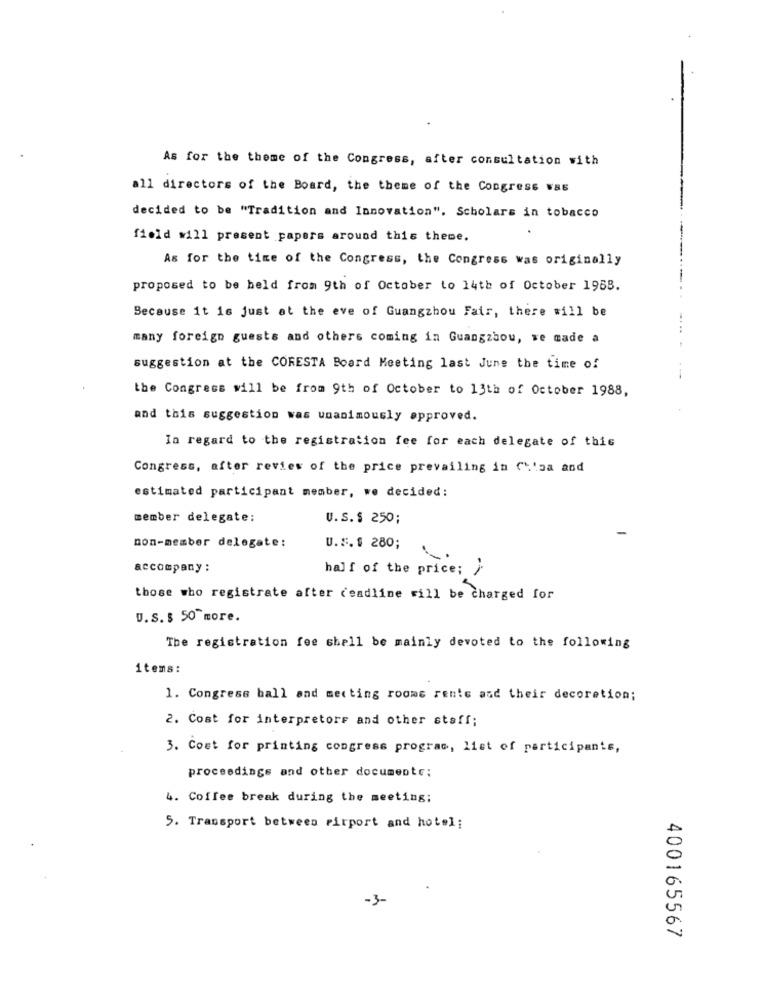
As for the theme of the Congress, after consultation with
all directors of the Board, the theme of the Congress was
decided to be "Tradition and Innovation". Scholars in tobacco
field will present papers around this theme.
As for the time of the Congress, the Congress was originally
proposed to be held from 9th of October to 14th of October 1958.
Because it is just at the eve of Guangzhou Fair, there will be
many foreign guests and others coming in Guangzhou, we made a
suggestion at the CORESTA Board Meeting last June the time of
-
the Congress will be from 9th of October to 13th of October 1988,
and this suggestion was unanimously approved.
In regard to the registration fee for each delegate of this
Congress, after review of the price prevailing in Ch'sa and
estimated participant member, we decided:
member delegate:
U.S.$ 250;
non-member delegate:
U.S. $ 280;
accompany :
half of the price; )
those who registrate after deadline will be charged for
U.S. $ 50 more.
The registration fee shell be mainly devoted to the following
items:
1. Congress ball and meeting rooms rente and their decoration;
2. Cost for interpretors and other staff;
3. Cost for printing congress program, list of participants,
proceedings and other documente;
4. Coffee break during the meeting;
5. Transport between pirport and hotel;
-3-
400165567